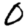
Digit: 0